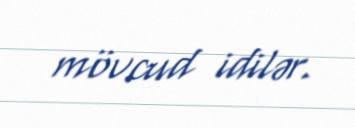
mövcud idilər.